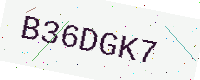
Text: B36DGK7